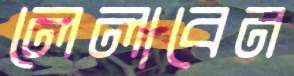
লেলাবেন